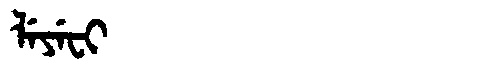
Manchu: ᠯᡝᠶᡝᠸᡳ
Romanization: LEYEFI